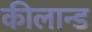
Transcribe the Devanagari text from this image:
कीलान्ड